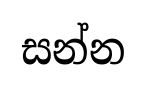
සන්න